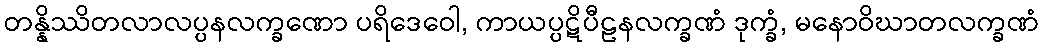
တန္နိဿိတလာလပ္ပနလက္ခဏော ပရိဒေဝေါ, ကာယပ္ပဋိပီဠနလက္ခဏံ ဒုက္ခံ, မနောဝိဃာတလက္ခဏံ